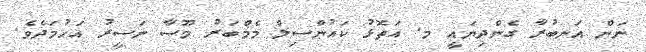
ނަން އަނބުރާ ގެންދިޔައީ މ. އަތޮޅު ކައުންސިލް މެމްބަރު މޫސާ ނަސީރު އަހުމަދެވެ.